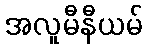
အလူမီနီယမ်